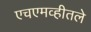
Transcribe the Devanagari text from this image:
एचएमव्हीतले